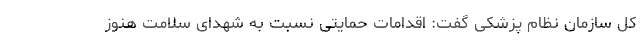
کل سازمان نظام پزشکی گفت: اقدامات حمایتی نسبت به شهدای سلامت هنوز